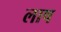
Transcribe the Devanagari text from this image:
लाष